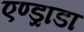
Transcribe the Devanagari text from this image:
एण्ड्राडा